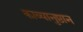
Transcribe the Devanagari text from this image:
काव्यानुष्ठान